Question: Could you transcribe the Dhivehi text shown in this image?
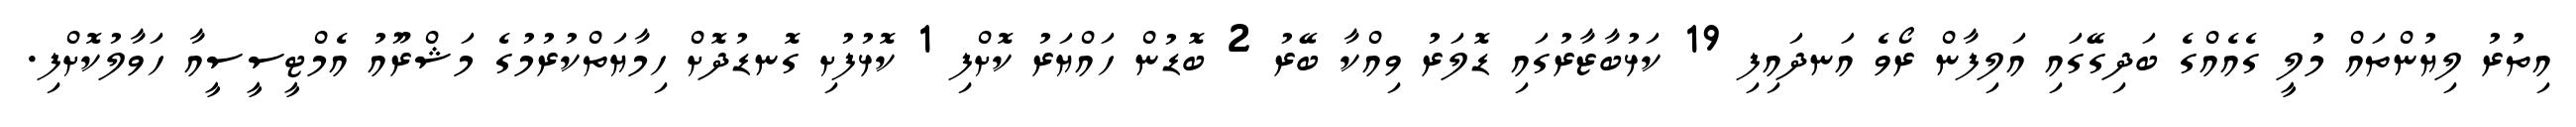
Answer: އިތުރު ލިޔުންތައް މުލީ ގެއެއްގެ ބަދިގޭގައި އަލިފާން ރޯވެ އަނދައިފި 19 ކަޅުބާޒާރުގައި ޑޮލަރު ވިއްކާ ބޭރު 2 ބޮޑުން ހައްޔަރު ކޮށްފި 1 ކޮޅުފުށި ގޮނޑުދޮށް ހިމާޔަތްކުރުމުގެ މަޝްރޫއު އެމްޓީސީސީއާ ހަވާލުކޮށްފި.